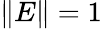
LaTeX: \| E\| =1